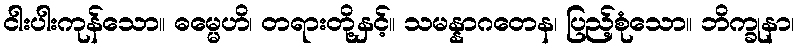
ငါးပါးကုန်သော။ ဓမ္မေဟိ၊ တရားတို့နှင့်။ သမန္နာဂတေန၊ ပြည့်စုံသော။ ဘိက္ခုနာ၊